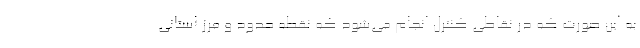
به این صورت که در نقاطی کنترل انجام می‌شود که نقطه حدود و مرز استانی